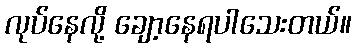
လုပ်နေလို့ ချော့နေရပါသေးတယ်။